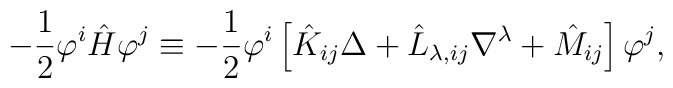
-\frac{1}{2}\varphi^i\hat{H}\varphi^j\equiv -\frac{1}{2}\varphi^i\left[\hat{K}_{ij}\Delta+\hat{L}_{\lambda,ij}\nabla^\lambda+\hat{M}_{ij}\right] \varphi^j,